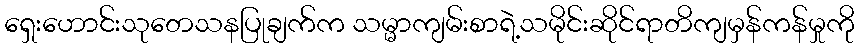
ရှေးဟောင်းသုတေသနပြုချက်က သမ္မာကျမ်းစာရဲ့သမိုင်းဆိုင်ရာတိကျမှန်ကန်မှုကို